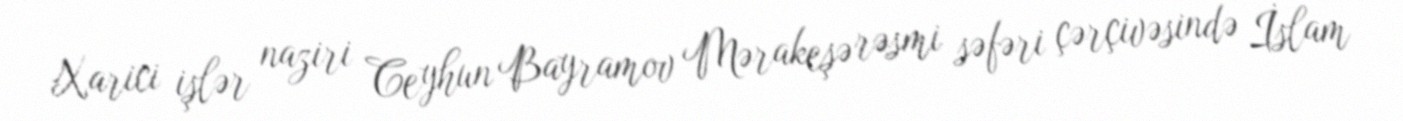
Xarici işlər naziri Ceyhun Bayramov Mərakeşə rəsmi səfəri çərçivəsində İslam